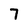
Character: 7